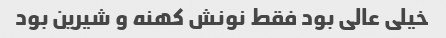
خیلی عالی بود فقط نونش کهنه و شیرین بود